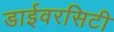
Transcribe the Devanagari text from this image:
डाईवरसिटी